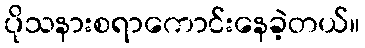
ပိုသနားစရာကောင်းနေခဲ့တယ်။